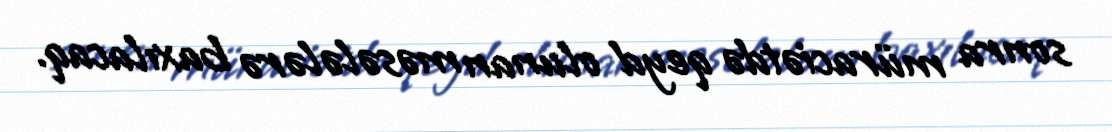
sonra müraciətdə qeyd olunan məsələlərə baxılacaq.